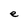
Character: e